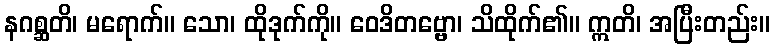
နဂစ္ဆတိ၊ မရောက်။ သော၊ ထိုဒုက်ကို။ ဝေဒိတဗ္ဗော၊ သိထိုက်၏။ ဣတိ၊ အပြီးတည်း။